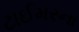
ટાઈમરના